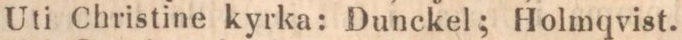
Uti Christine kyrka: Dunckel; Holmqvist.